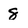
Character: 8